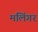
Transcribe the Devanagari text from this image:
मलिंगर